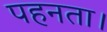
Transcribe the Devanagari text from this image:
पहनता।